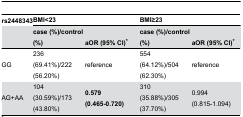
| rs2448343 | <COLSPAN=2> BMI<23 | <COLSPAN=2> BMI≥23 |
 |  | case (%)/control (%) | aOR (95% CI)* | case (%)/control (%) | aOR (95% CI)* |
 | --- | --- | --- | --- | --- |
 | GG | 236 (69.41%)/222 (56.20%) | reference | 554 (64.12%)/504 (62.30%) | reference |
 | AG+AA | 104 (30.59%)/173 (43.80%) | 0.579 (0.465-0.720) | 310 (35.88%)/305 (37.70%) | 0.994 (0.815-1.094) |